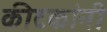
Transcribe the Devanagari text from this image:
कीटकांनी